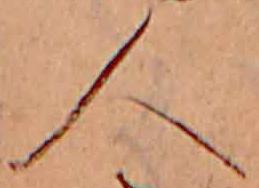
人